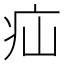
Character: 疝